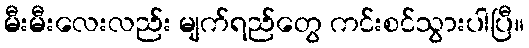
မီးမီးလေးလည်း မျက်ရည်တွေ ကင်းစင်သွားပါပြီ။